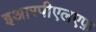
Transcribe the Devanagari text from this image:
इआरपीएलएफ़